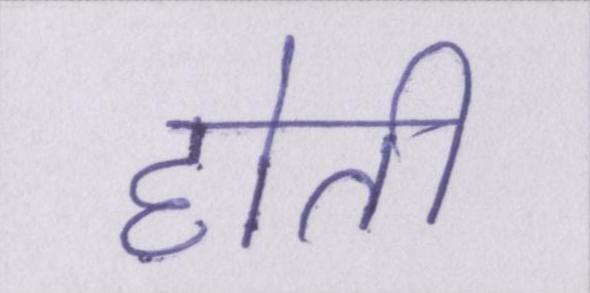
होती